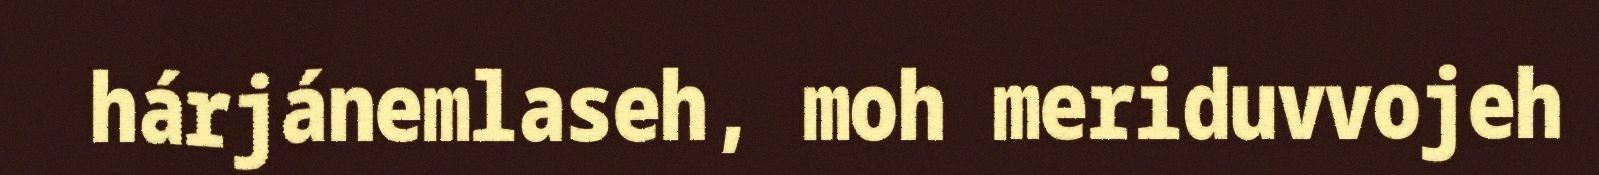
hárjánemlaseh, moh meriduvvojeh